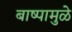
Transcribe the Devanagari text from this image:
बाष्पामुळे